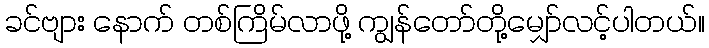
ခင်ဗျား နောက် တစ်ကြိမ်လာဖို့ ကျွန်တော်တို့မျှော်လင့်ပါတယ်။